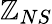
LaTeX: \mathbb{Z}_{NS}